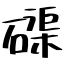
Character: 磲